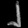
Digit: ၂